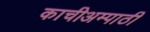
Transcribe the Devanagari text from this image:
काचीअम्पाठी